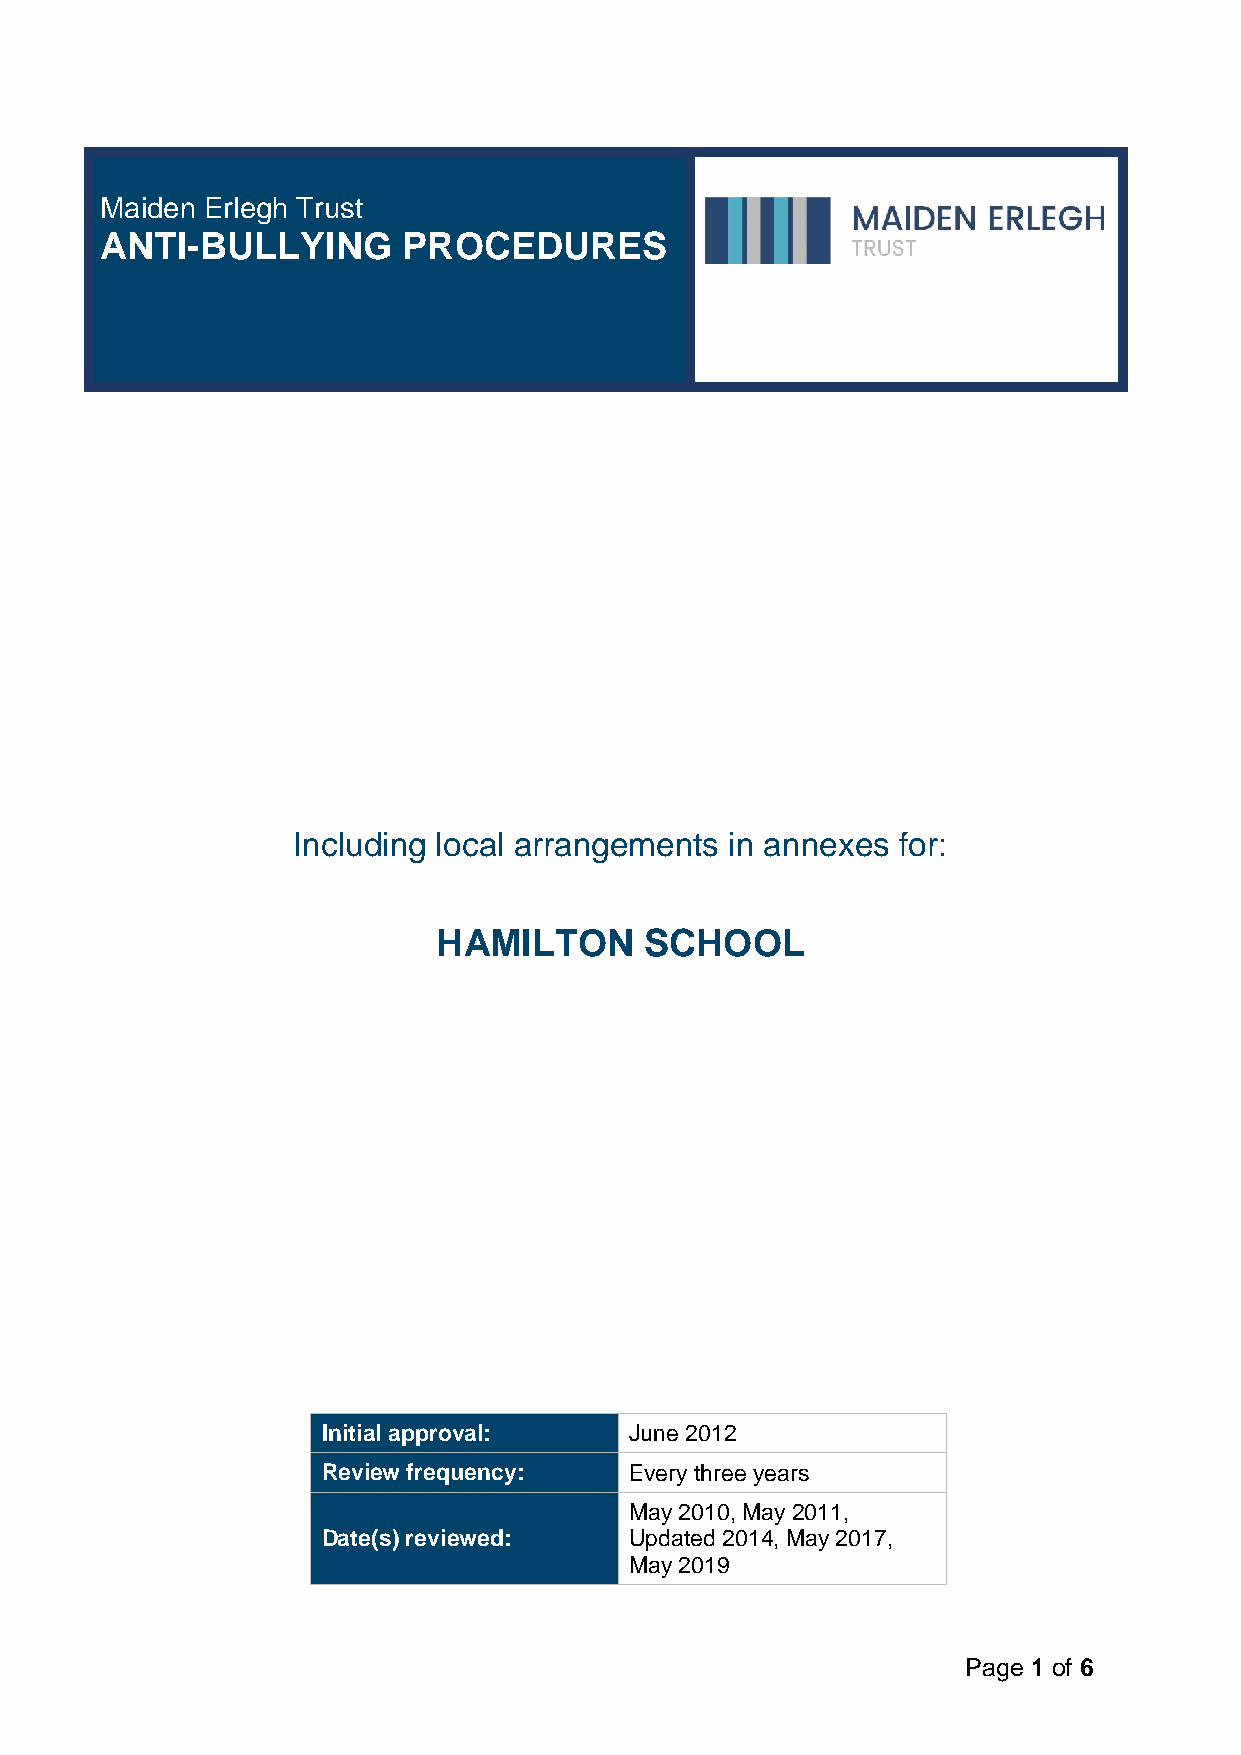
Maiden Erlegh Trust
 ANTI-BULLYING       PROCEDURES
 Including local arrangements in annexes for:
 HAMILTON      SCHOOL
 Initial approval:    June 2012
 Review frequency:    Every three years
 May 2010, May 2011,
 Date(s) reviewed:    Updated 2014, May 2017,
 May 2019
 Page 1 of 6